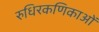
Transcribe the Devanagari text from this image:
रुधिरकणिकाओं